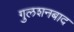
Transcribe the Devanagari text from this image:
गुलशनबाद